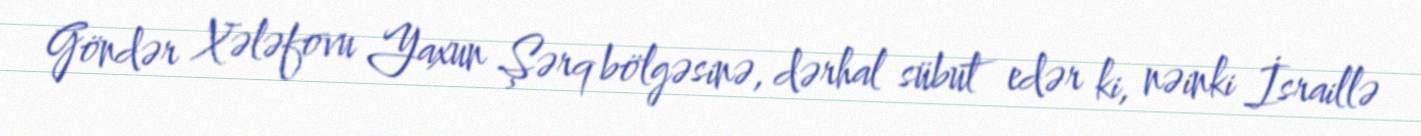
Göndər Xələfovu Yaxun Şərq bölgəsinə, dərhal sübut edər ki, nəinki İsraillə